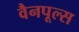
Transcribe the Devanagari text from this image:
वैनपूल्स